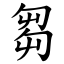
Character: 芻